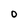
Character: O